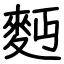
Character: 麪